Scottish Certificate of Education, 1963
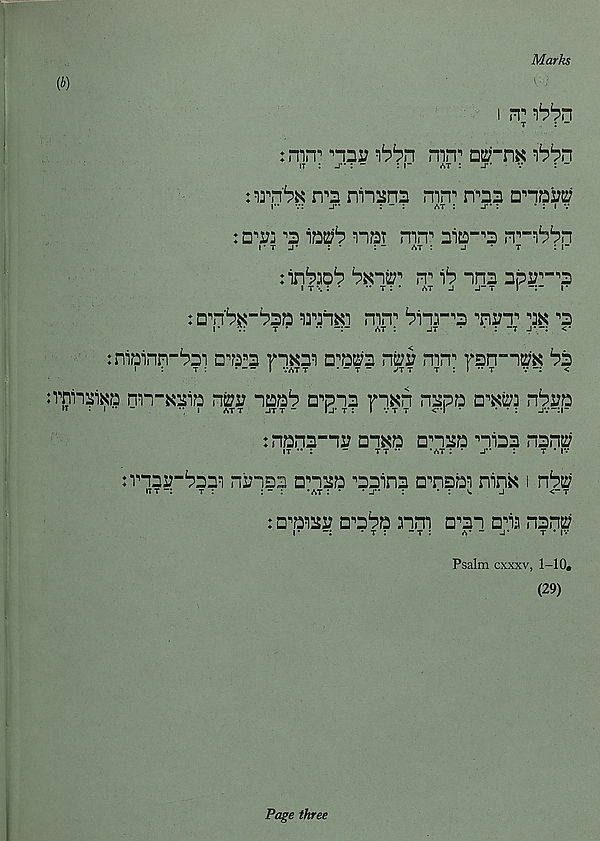
Marks
(b)
i it t
: -
: m.T "“nr
mn n
hbr\
it : _r : -
: r
«st : _r
v
: “
: irn'^K
niisns mn 11 n^nn □•’n™
r* v:
j**
: - :
at :
j** :
* : i v
: n'v: •’2 12^ nat mn n 2i2-"2 prn^n
i• t j*
: •
: -
at :
j
* t
: i-
rr ^ "ra npir-^
i t \: •
•• t : • at j j~t I
i*
: □•'n' £ ?*r £ ?221321x1 mn 11
ik ^
jniainn-bBi
rixm d^b n2;r mn" rsn-i^x ^2
I
.
T :
I VATT
* ” T ” JT T T : I ** T
V “Z <
:rnnaixa nn-xBiQ n2;i7 imb d^ib rixn n^pa n'm: n^i?a
»T .1
I
ATT JT T —
Fj* T Z I VT T <**l *
* * Z JV“Z|-
znanB-li: 21X2 Dn22 ni2B 1212;
IT *• Z
-
TT ••
* AT Z • J** Z
T * |V
znaiz-^BBi niJiSB ansa ^22112 crnsBi ninx 1
ITT -Z
t :
: - :
*at z • * j** z
• z ^
j
<“t
: craiBi; n^B^a 31m d^bi aia 1212;
r -:
• t z -t :
a* - J*
t * iv
Psalm cxxxv, 1-10.
(29)
Page three